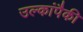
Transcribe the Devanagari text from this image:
उल्कांपैकी